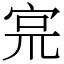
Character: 宺